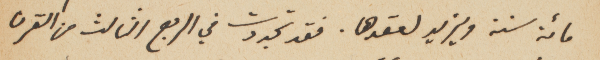
مائة سنة ويزيد لعقدها. فقد تجددت في الربع الثالث من القرن